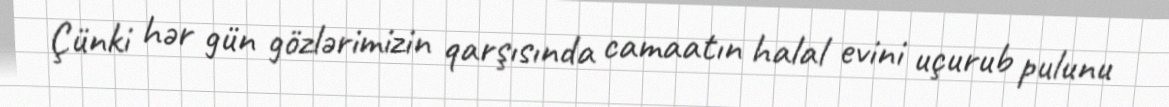
Çünki hər gün gözlərimizin qarşısında camaatın halal evini uçurub pulunu